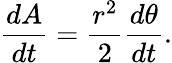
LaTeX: {\frac{dA}{dt}}={\frac{r^{2}}{2}}{\frac{d\theta}{dt}}.